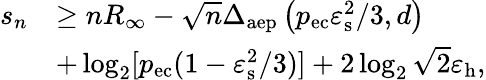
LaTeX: \begin{array}{rl}{s_{n}}&{\geq nR_{\infty}-\sqrt{n}\Delta_{\mathrm{aep}}\left(p_{\mathrm{ec}}\varepsilon_{\mathrm{s}}^{2}/3,d\right)}\\ &{+\log_{2}[p_{\mathrm{ec}}(1-\varepsilon_{\mathrm{s}}^{2}/3)]+2\log_{2}\sqrt{2}\varepsilon_{\mathrm{h}},}\end{array}